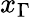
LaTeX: x_{\Gamma}